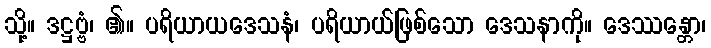
သို့။ ဒဋ္ဌဗ္ဗံ၊ ၏။ ပရိယာယဒေသနံ၊ ပရိယာယ်ဖြစ်သော ဒေသနာကို။ ဒေဿန္တော၊